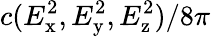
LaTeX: c(E_{\mathrm{x}}^{2},E_{\mathrm{y}}^{2},E_{\mathrm{z}}^{2})/8\pi